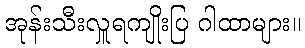
အုန်းသီးလှူရကျိုးပြ ဂါထာများ။